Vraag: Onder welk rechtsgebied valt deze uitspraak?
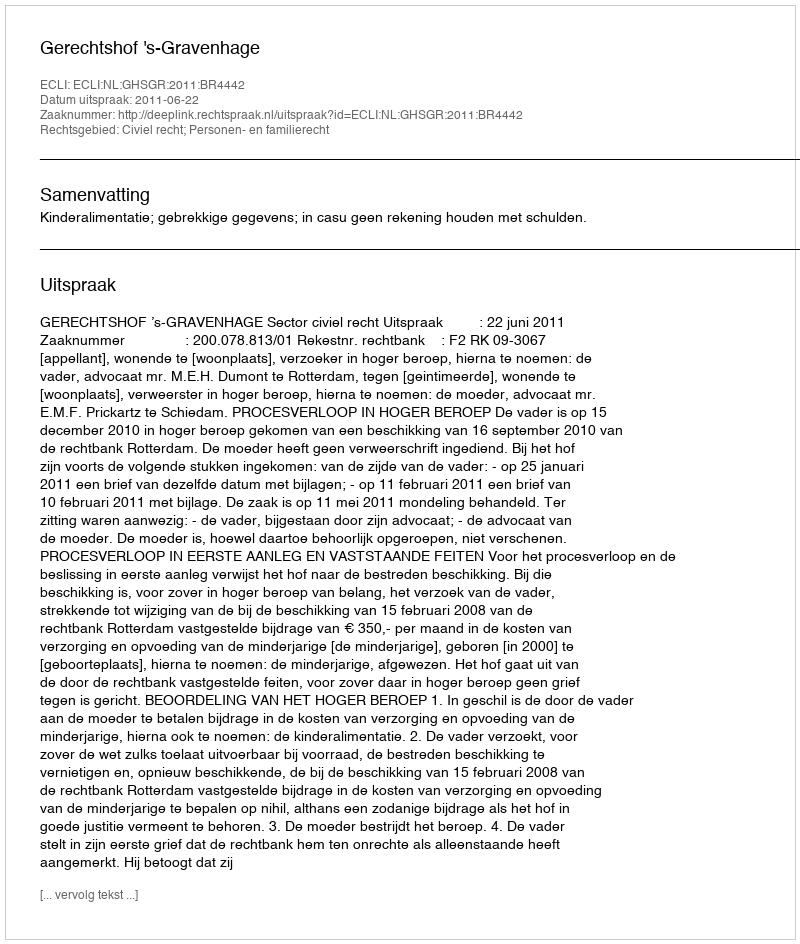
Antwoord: Civiel recht; Personen- en familierecht